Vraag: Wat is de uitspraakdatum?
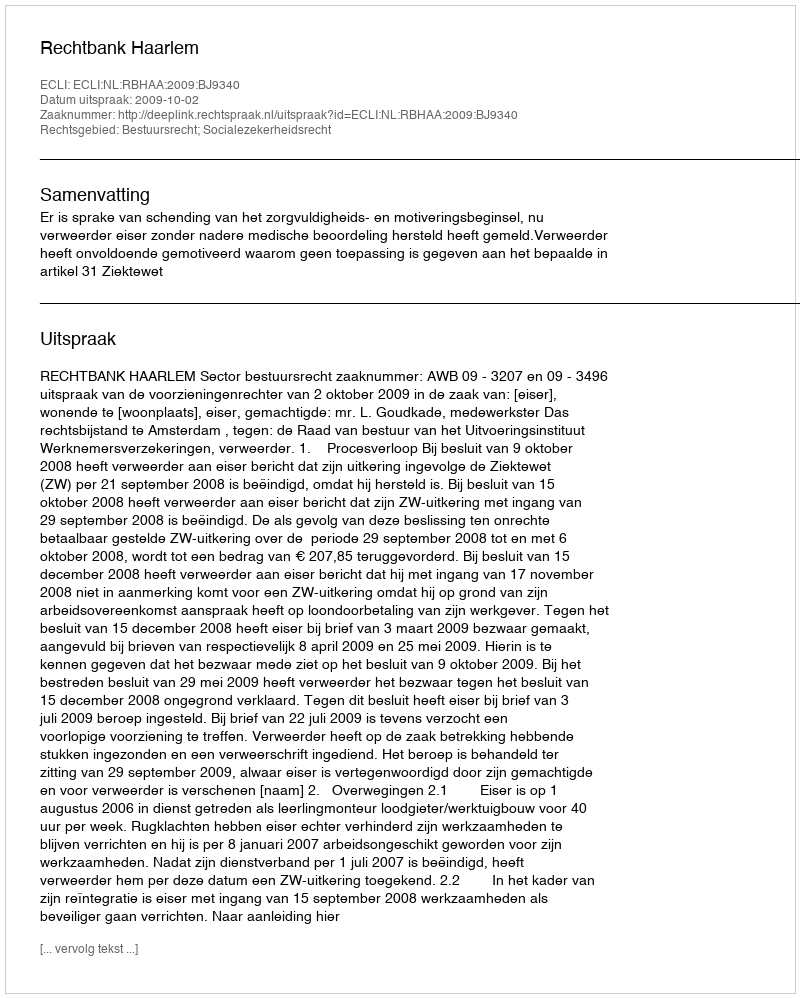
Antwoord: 2009-10-02